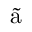
\Tilde { \mathrm { a } }